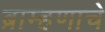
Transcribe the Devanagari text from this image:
ब्राम्हणाचे